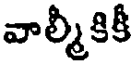
వాల్మీకికీ